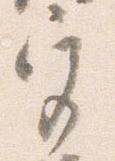
宮